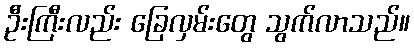
ဦးကြီးလည်း ခြေလှမ်းတွေ သွက်လာသည်။